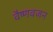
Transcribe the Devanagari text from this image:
वैष्णवजन